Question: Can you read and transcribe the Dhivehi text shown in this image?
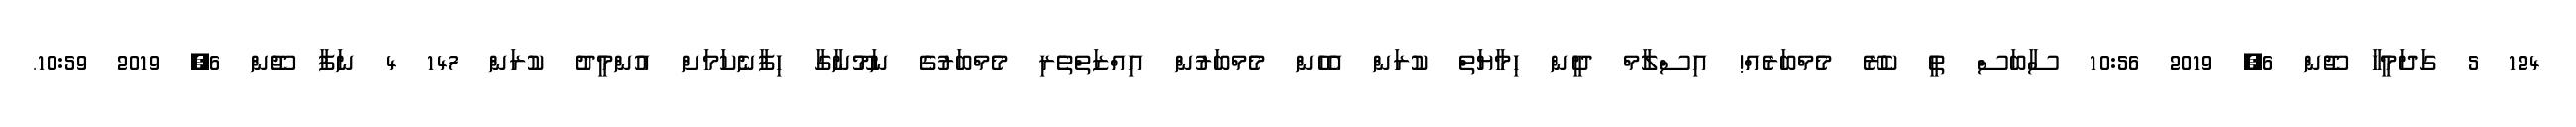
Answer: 124 5 ގަދަމީހާ ޖޫން 6, 2019 10:56 ސާބަސް ތީ ކެރޭ މެމްބަރެއް! އިސްލާމް ދީން ހިމާޔަތް ކުރަން އެހެން މެމްބަރުން އިއްޒަތްތެރި މެމްބަރުގެ ނަމޫނާގާ ހިފާނެކަމަށް އުންމީދު ކުރަން 147 4 ނަފާ ޖޫން 6, 2019 10:59.